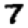
Digit: 7